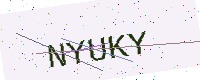
Text: NYUKY